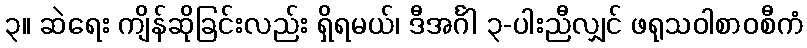
၃။ ဆဲရေး ကျိန်ဆိုခြင်းလည်း ရှိရမယ်၊ ဒီအင်္ဂါ ၃-ပါးညီလျှင် ဖရုသဝါစာဝစီကံ